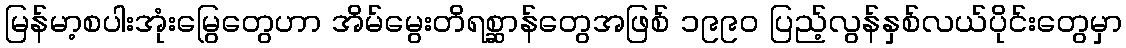
မြန်မာ့စပါးအုံးမြွေတွေဟာ အိမ်မွေးတိရစ္ဆာန်တွေအဖြစ် ၁၉၉၀ ပြည့်လွန်နှစ်လယ်ပိုင်းတွေမှာ